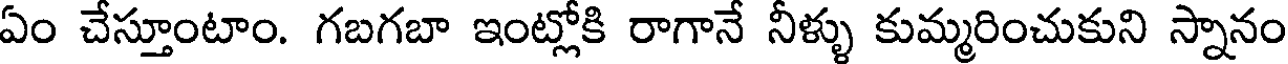
ఏం చేస్తూంటాం. గబగబా ఇంట్లోకి రాగానే నీళ్ళు కుమ్మరించుకుని స్నానం